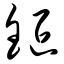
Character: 钷